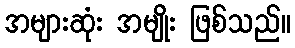
အများဆုံး အမျိုး ဖြစ်သည်။